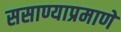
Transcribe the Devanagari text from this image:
ससाण्याप्रमाणे